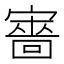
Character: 𡫆